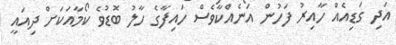
އަދި ގަޑިއެއް ހާއިރު ފަހުން އަނެއްކާވެސް ހައިފާގެ ހާލު ބޮޑުވެ ކޯމާއަކަށް ދިއައީ